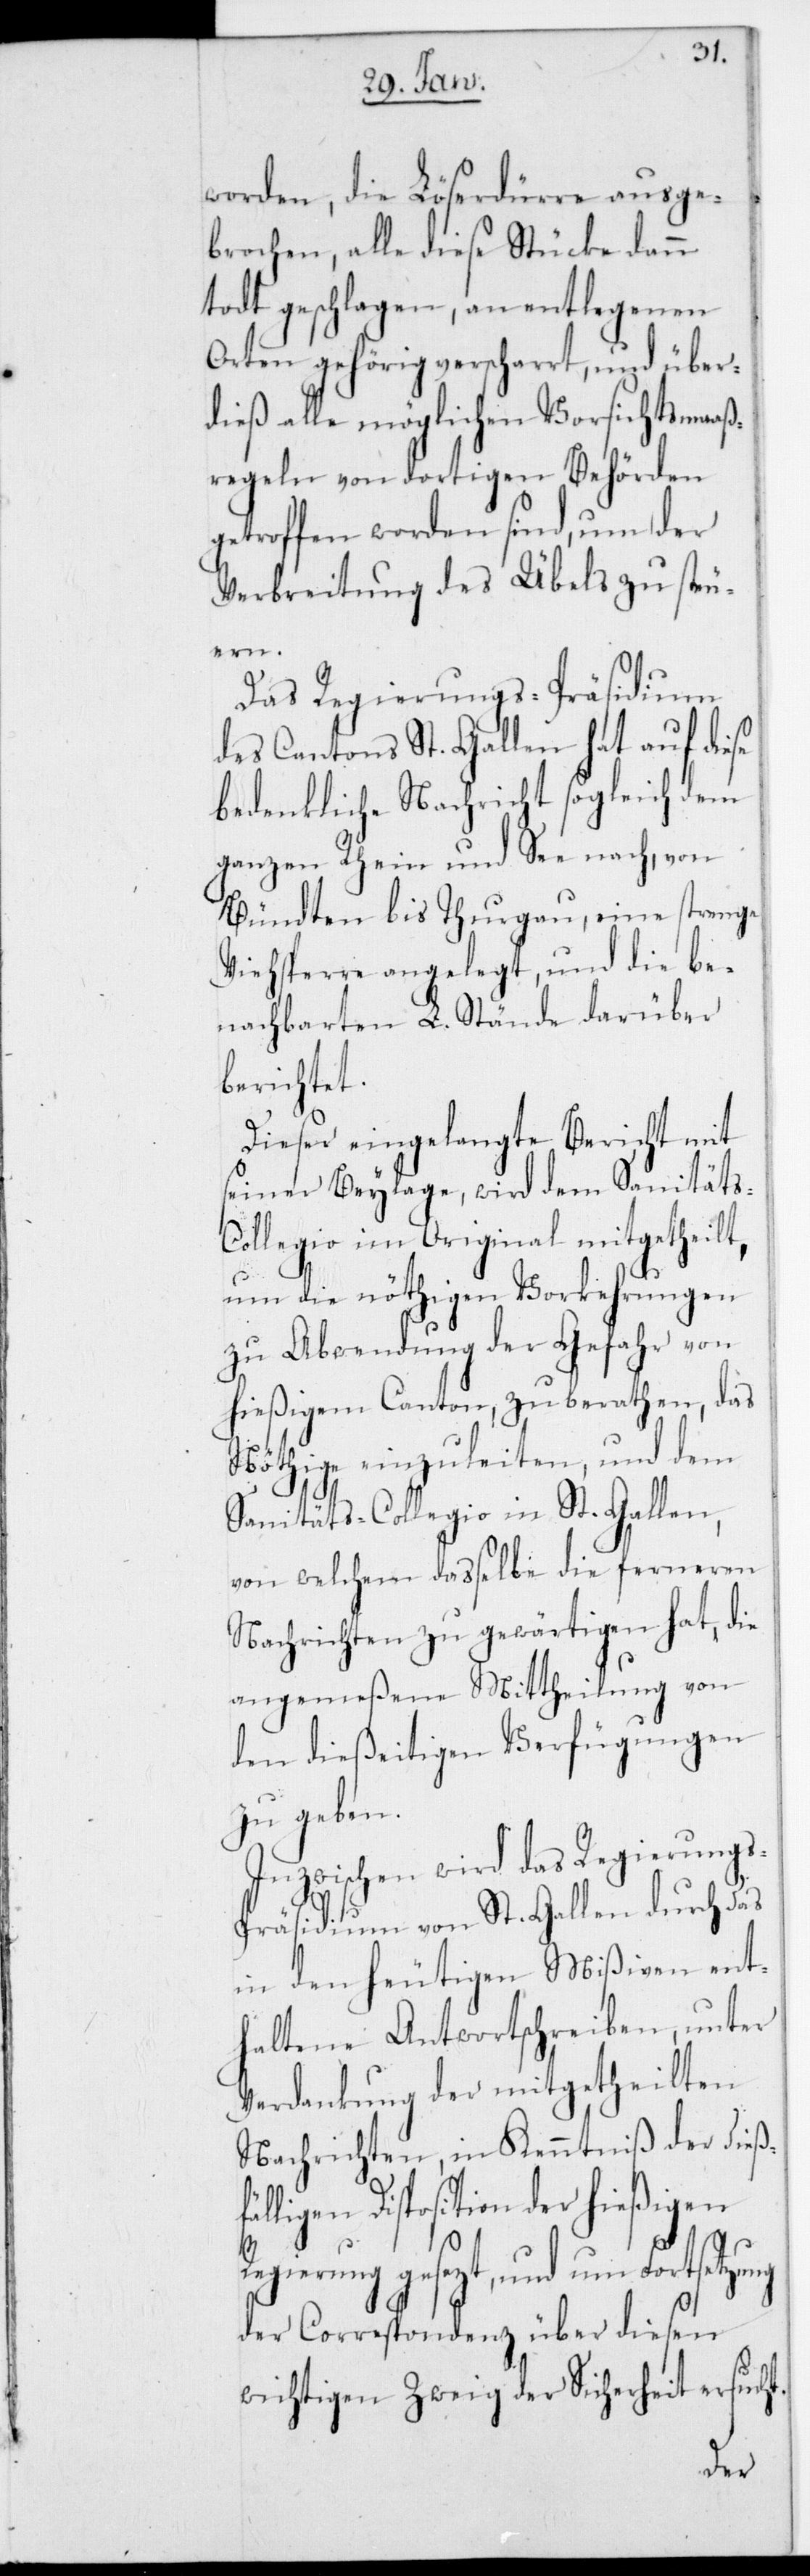
worden, die Löserdürre ausge¬
brochen, alle diese Stücke dann
todt geschlagen, an entlegenen
Orten gehörig verscharrt und über¬
dies alle möglichen Vorsichtsmaaß¬
regeln von dortigen Behörden
getroffen worden sind, um der
Verbreitung des Übels zu steu¬
ng
Das Regierungs-Präsidium
des Cantons St. Gallen hat auf diese
bedenkliche Nachricht sogleich dem
ganzen Rhein und See nach, von
Bündten bis Thurgau, eine strenge
Viehsperre angelegt, und die be¬
nachbarten L. Stände darüber
berichtet.
Dieser eingelangte Bericht mit
seiner Beylage, wird dem Sanitäts-C¬
ollegio im Original mitgetheilt,
um die nöthigen Vorkehrungen
zu Abwendung der Gefahr von
hießigem Canton zu berathen, das
Nöthige einzuleiten und dem
Sanitäts-Collegio in St. Gallen,
von welchem daßelbe die ferneren
Nachrichten zu gewärtigen hat, die
angemeßene Mittheilung von
den dießeitigen Verfügungen
zu geben.
Inzwischen wird das Regierungs-P¬
räsidium von St. Gallen durch das
in den heutigen Mißiven ent¬
haltene Antwortschreiben, unter
Verdankung der mitgetheilten
Nachrichten, in Kenntniß der dießf¬
älligen Disposition der hießigen
Regierung gesezt, und um Fortsetzu¬
der Correspondenz über diesen
wichtigen Zweig der Sicherheit ersucht.